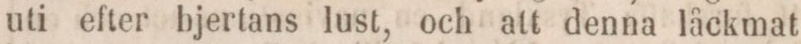
uti efter hjertans lust, och att denna låckmat